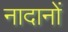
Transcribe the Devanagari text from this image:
नादानों